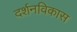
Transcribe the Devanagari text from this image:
दर्शनविकास